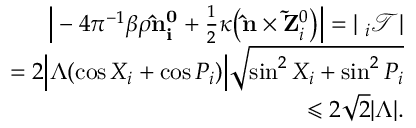
\begin{array} { r l r } & { } & { \Big | - 4 \pi ^ { - 1 } \beta \rho { \bf \hat { n } _ { i } ^ { 0 } } + \frac { 1 } { 2 } \kappa \big ( { \bf \hat { n } } \times { \bf \tilde { Z } } _ { i } ^ { 0 } \big ) \Big | = | { \bf \nabla } _ { i } \mathcal { T } | } \\ & { } & { = 2 \Big | \Lambda ( \cos X _ { i } + \cos P _ { i } ) \Big | \sqrt { \sin ^ { 2 } X _ { i } + \sin ^ { 2 } P _ { i } } } \\ & { } & { \leqslant 2 \sqrt { 2 } | \Lambda | . } \end{array}